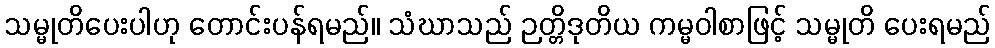
သမ္မုတိပေးပါဟု တောင်းပန်ရမည်။ သံဃာသည် ဉတ္တိဒုတိယ ကမ္မဝါစာဖြင့် သမ္မုတိ ပေးရမည်